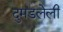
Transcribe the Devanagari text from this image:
दुमडलेली